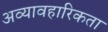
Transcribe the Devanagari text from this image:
अव्यावहारिकता